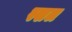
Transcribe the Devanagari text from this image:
स्खल